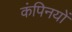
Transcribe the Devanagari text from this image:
कंपिनयों